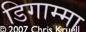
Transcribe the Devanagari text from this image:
डिगाम्मा